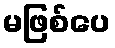
မဖြစ်ပေ